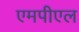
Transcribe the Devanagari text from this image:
एमपीएल